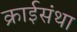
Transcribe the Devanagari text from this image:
क्राईसंथा